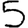
Digit: 5